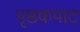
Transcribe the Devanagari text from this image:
पृष्ठकपाट